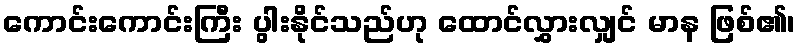
ကောင်းကောင်းကြီး ပွါးနိုင်သည်ဟု ထောင်လွှားလျှင် မာန ဖြစ်၏၊